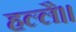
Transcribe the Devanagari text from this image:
हल्लै।।